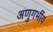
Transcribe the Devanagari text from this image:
अणुगर्भीय